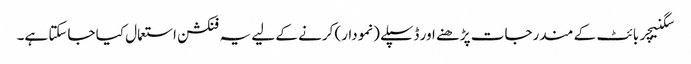
سگنیچر بائٹ کے مندرجات پڑھنے اور ڈسپلے (نمودار) کرنے کے لیے یہ فنکشن استعمال کیا جاسکتا ہے۔